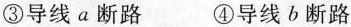
③导线a断路 ④导线b断路